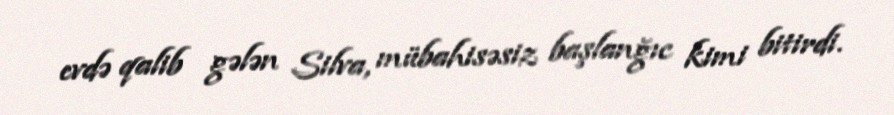
evdə qalib gələn Silva, mübahisəsiz başlanğıc kimi bitirdi.